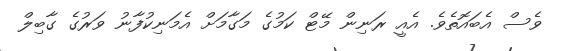
ވެސް އެބައޮތެވެ. އެއީ ރަނިން މޭޓް ކަމުގެ މަގާމަށް އެމަނިކުފާނު ވަރުގެ ގާބިލް